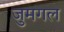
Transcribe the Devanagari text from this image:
जुमगल